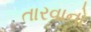
તારવાનો